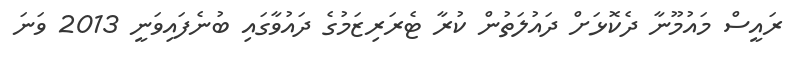
ރައީސް މައުމޫނާ ދެކޮޅަށް ދައުލަތުން ކުރާ ޓެރަރިޒަމުގެ ދައުވާގައި ބުނެފައިވަނީ 2013 ވަނަ